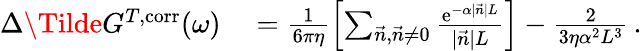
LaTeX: \begin{array}{rl}{\Delta\Tilde{G}^{T,\mathrm{corr}}(\omega)}&{{}=\frac{1}{6\pi\eta}\left[\sum_{\vec{n},\vec{n}\neq 0}\frac{\mathrm{e}^{-\alpha\vert\vec{n}\vert L}}{\vert\vec{n}\vert L}\right]-\frac{2}{3\eta\alpha^{2}L^{3}}\, .}\end{array}